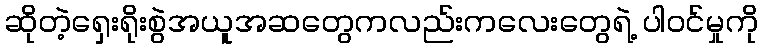
ဆိုတဲ့ရှေးရိုးစွဲအယူအဆတွေကလည်းကလေးတွေရဲ့ ပါဝင်မှုကို